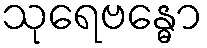
သုရေဗန္ဓော